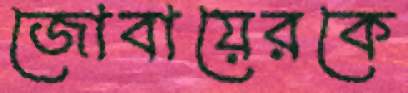
জোবায়েরকে